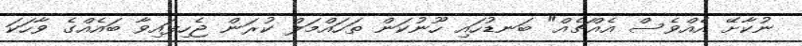
ނުކާށޭ އެއްވެސް އެއްޗެއް" ބަނޑުހައި ހޫނުކަން ތަހައްމަލް ކުރަން ޖެހިފައިވާ ބައެއްގެ ވާހަކަ